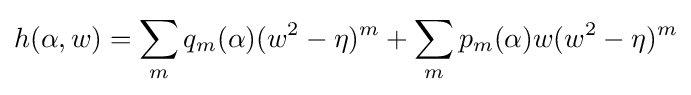
h(\alpha ,w)=\sum \limits _{m}q_{m}(\alpha )(w^{2}-\eta )^{m}+\sum \limits _{m}p_{m}(\alpha )w(w^{2}-\eta )^{m}